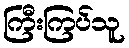
ကြီးကြပ်သူ